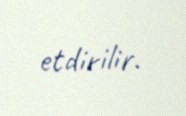
etdirilir.